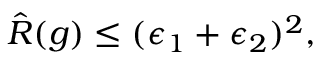
\hat { R } ( g ) \leq ( \epsilon _ { 1 } + \epsilon _ { 2 } ) ^ { 2 } ,